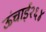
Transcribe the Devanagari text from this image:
ऊंचाई२६४